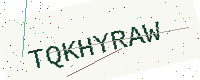
Text: TQKHYRAW